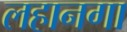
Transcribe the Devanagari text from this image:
लहानगा